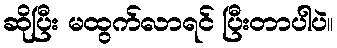
ဆိုပြီး မထွက်လာရင် ပြီးတာပါပဲ။